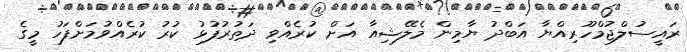
ރައީސުލްޖުމްހޫރިއްޔާ އަބްދު ޔާމިން މެލޭޝިއާ އަށް ކުރެއްވި ދަތުރުފުޅު ކުރު ކުރެއްވުމަށްފަހު މީގެ